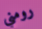
رومني